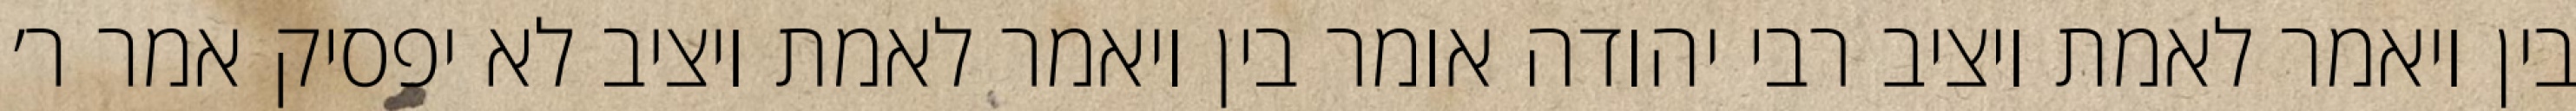
בין ויאמר לאמת ויציב רבי יהודה אומר בין ויאמר לאמת ויציב לא יפסיק אמר ר׳